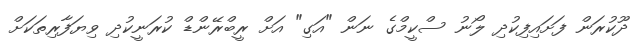
ދޫކުރަން ފަށައިފިކުދި ލޯނު ސްކީމްގެ ނަން "އަގި" އަށް ރީބްރޭންޑް ކުރަނީކުދި ވިޔަފާރިތަކަށް